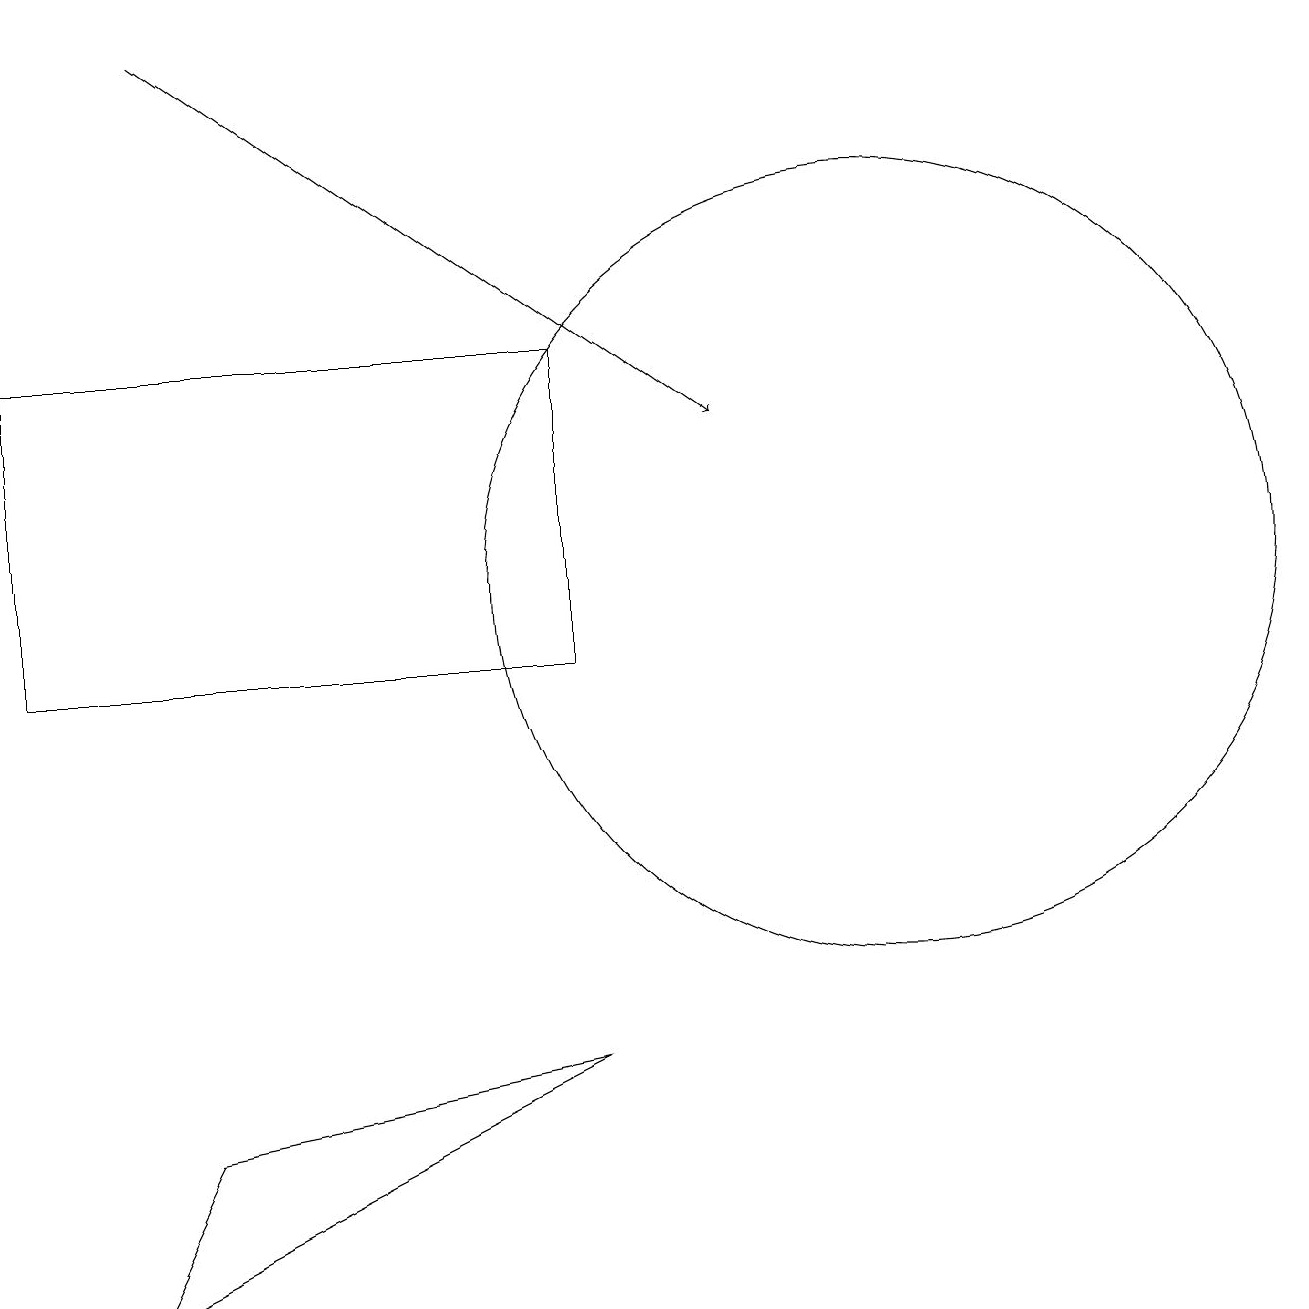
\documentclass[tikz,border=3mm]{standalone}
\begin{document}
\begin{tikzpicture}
\draw (2,5) -- (7,6) -- (1,3) -- cycle;
\draw (7,15) rectangle (0,11);
\draw (11,12) circle (5);
\draw[->] (2,19) -- (9,14);
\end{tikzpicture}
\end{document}